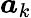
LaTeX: {\boldsymbol{a}}_{k}